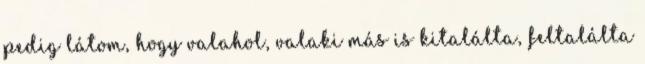
pedig látom, hogy valahol, valaki más is kitalálta, feltalálta